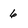
Character: 6